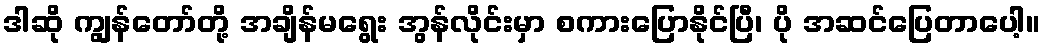
ဒါဆို ကျွန်တော်တို့ အချိန်မရွေး အွန်လိုင်းမှာ စကားပြောနိုင်ပြီ၊ ပို အဆင်ပြေတာပေါ့။